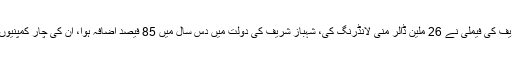
انہوں نے کہا کہ شہباز شریف کی فیملی نے 26 ملین ڈالر منی لانڈرنگ کی، شہباز شریف کی دولت میں دس سال میں 85 فیصد اضافہ ہوا، ان کی چار کمپنیوں سے تیس کمپنیاں ہو گئیں۔